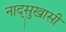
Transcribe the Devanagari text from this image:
नाद्सुखासी